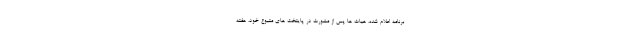
برنامه اعلام شده، هیات ها پس از مشورت در پایتخت های متبوع خود، هفته